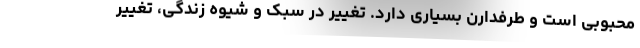
محبوبی است و طرفدارن بسیاری دارد. تغییر در سبک و شیوه زندگی، تغییر